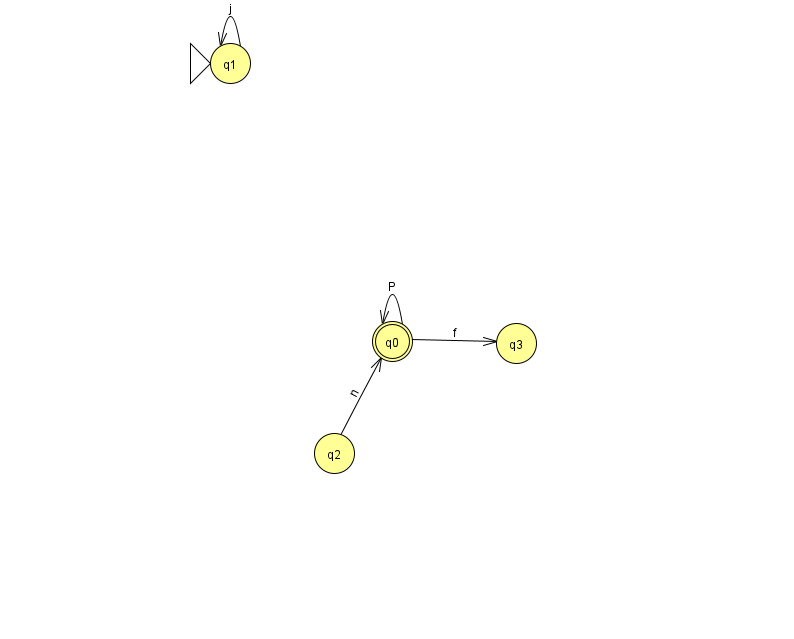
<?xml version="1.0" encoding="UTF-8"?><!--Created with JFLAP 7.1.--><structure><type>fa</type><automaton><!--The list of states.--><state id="0" name="q0"><x>392.0</x><y>328.0</y><final/></state><state id="1" name="q1"><x>230.0</x><y>50.0</y><initial/></state><state id="2" name="q2"><x>334.0</x><y>440.0</y></state><state id="3" name="q3"><x>516.0</x><y>330.0</y></state><!--The list of transitions.--><transition><from>0</from><to>0</to><read>P</read></transition><transition><from>0</from><to>3</to><read>f</read></transition><transition><from>2</from><to>0</to><read>n</read></transition><transition><from>1</from><to>1</to><read>j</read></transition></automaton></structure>